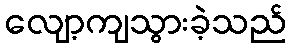
လျော့ကျသွားခဲ့သည်